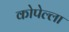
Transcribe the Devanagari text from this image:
कोपेल्ला